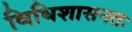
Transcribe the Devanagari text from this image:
विधिशासनतः